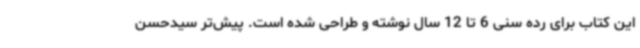
این کتاب برای رده سنی 6 تا 12 سال نوشته و طراحی شده است. پیش‌تر سیدحسن